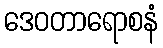
ဒေဝတာရောစနံ